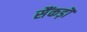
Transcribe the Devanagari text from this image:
सैंकड़ॊ